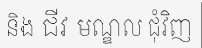
និង ជីវ មណ្ឌល ជុំវិញ